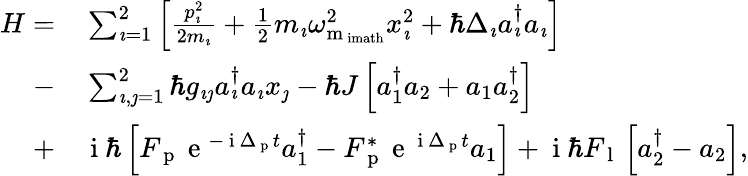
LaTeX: \begin{array}{rl}{H=}&{{}\sum_{\imath=1}^{2}\left[\frac{p_{\imath}^{2}}{2m_{\imath}}+\frac{1}{2}m_{\imath}\omega_{\mathrm{m_{\ imath}}}^{2}x_{\imath}^{2}+\hbar\Delta_{\imath}a_{\imath}^{\dagger}a_{\imath}\right]}\\ {-}&{{}\sum_{\imath,\jmath=1}^{2}\hbar g_{\imath\jmath}a_{\imath}^{\dagger}a_{\imath}x_{\jmath}-\hbar J\left[a_{1}^{\dagger}a_{2}+a_{1}a_{2}^{\dagger}\right]}\\ {+}&{{}\mathrm{~i~}\hbar\left[F_{\mathrm{~p~}}\mathrm{~e~}^{-\mathrm{~i~}\Delta_{\mathrm{~p~}}t}a_{1}^{\dagger}-F_{\mathrm{~p~}}^{*}\mathrm{~e~}^{\mathrm{~i~}\Delta_{\mathrm{~p~}}t}a_{1}\right]+\mathrm{~i~}\hbar F_{\mathrm{~l~}}\left[a_{2}^{\dagger}-a_{2}\right],}\end{array}